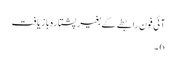
آئی فون رابطے کے بغیر پشتارہ بازیافت
6 ۔